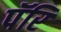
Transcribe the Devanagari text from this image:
पॅरि